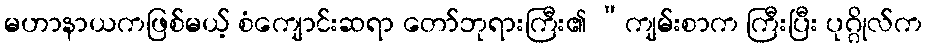
မဟာနာယကဖြစ်မယ့် စံကျောင်းဆရာ တော်ဘုရားကြီး၏ “ကျမ်းစာက ကြီးပြီး ပုဂ္ဂိုလ်က